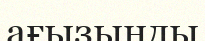
ағызынды